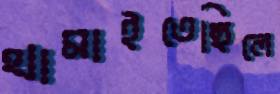
থামাইতেছিলে